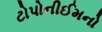
ટોપોનીઈમનો